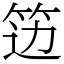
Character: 笾